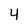
Character: 4